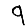
Digit: 9